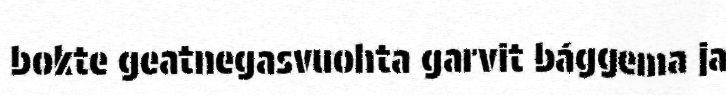
bokte geatnegasvuohta garvit bággema ja